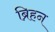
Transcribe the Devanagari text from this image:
ब्रिहन